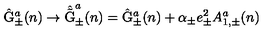
\hat { \mathrm { G } } _ { \pm } ^ { a } ( n ) \rightarrow \hat { \tilde { \mathrm { G } } } _ { \pm } ^ { a } ( n ) = \hat { \mathrm { G } } _ { \pm } ^ { a } ( n ) + \alpha _ { \pm } e _ { \pm } ^ { 2 } A _ { 1 , \pm } ^ { a } ( n )